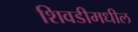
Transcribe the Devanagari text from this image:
शिवडीमधील